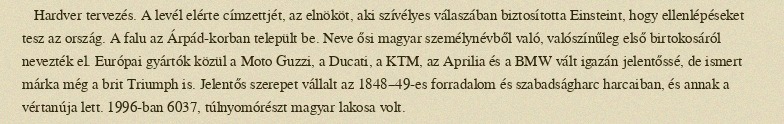
Hardver tervezés. A levél elérte címzettjét, az elnököt, aki szívélyes válaszában biztosította Einsteint, hogy ellenlépéseket tesz az ország. A falu az Árpád-korban települt be. Neve ősi magyar személynévből való, valószínűleg első birtokosáról nevezték el. Európai gyártók közül a Moto Guzzi, a Ducati, a KTM, az Aprilia és a BMW vált igazán jelentőssé, de ismert márka még a brit Triumph is. Jelentős szerepet vállalt az 1848–49-es forradalom és szabadságharc harcaiban, és annak a vértanúja lett. 1996-ban 6037, túlnyomórészt magyar lakosa volt.